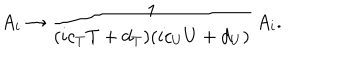
A _ { i } \rightarrow { \frac { 1 } { ( i c _ { T } T + d _ { T } ) ( i c _ { U } U + d _ { U } ) } } \, A _ { i } .